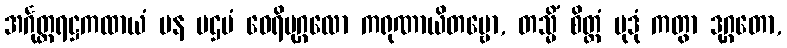
အင်္ဂုတ္တရဋ္ဌကထာယံ ပန ပဌမံ ဝေရိပုဂ္ဂလော ကရုဏာယိတဗ္ဗော, တသ္မိံ စိတ္တံ မုဒုံ ကတွာ ဒုဂ္ဂတော,